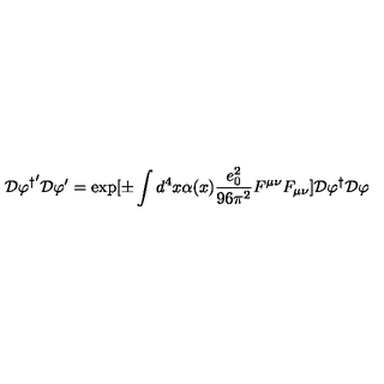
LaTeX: { \cal D } { \varphi ^ { \dagger } } ^ { \prime } { \cal D } \varphi ^ { \prime } = \exp [ \pm \int d ^ { 4 } x \alpha ( x ) \frac { e _ { 0 } ^ { 2 } } { 9 6 \pi ^ { 2 } } F ^ { \mu \nu } F _ { \mu \nu } ] { \cal D } { \varphi ^ { \dagger } } { \cal D } \varphi